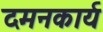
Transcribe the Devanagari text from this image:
दमनकार्य